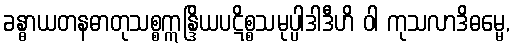
ခန္ဓာယတနဓာတုသစ္စဣန္ဒြိယပဋိစ္စသမုပ္ပါဒါဒီဟိ ဝါ ကုသလာဒိဓမ္မေ,